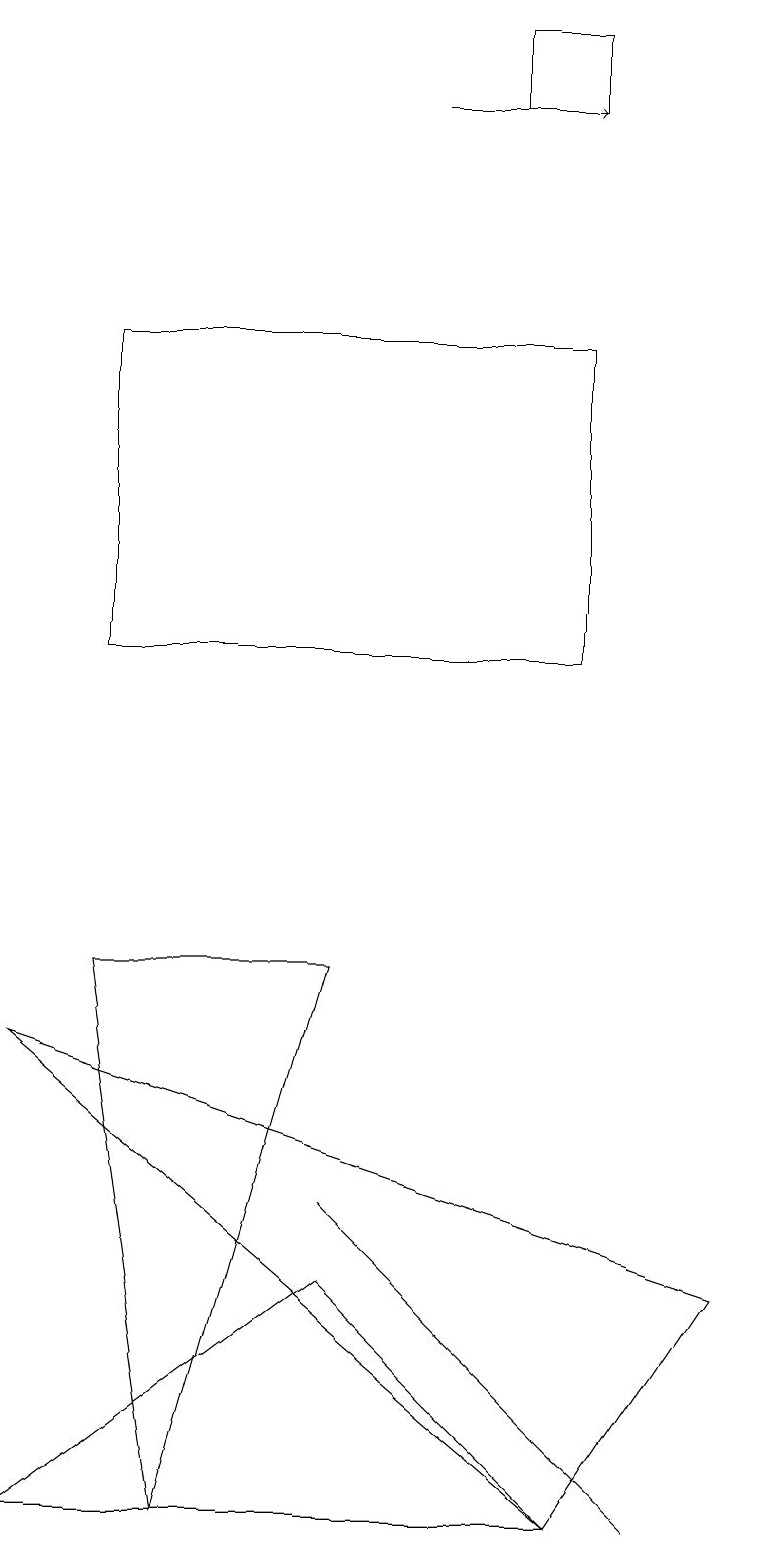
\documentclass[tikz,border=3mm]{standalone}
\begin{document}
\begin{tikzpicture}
\draw (4,7) -- (2,0) -- (1,7) -- cycle;
\draw (7,1) -- (4,4) -- (8,0) -- cycle;
\draw (1,15) rectangle (7,11);
\draw (9,3) -- (0,6) -- (7,0) -- cycle;
\draw (7,19) rectangle (6,18);
\draw (4,3) -- (7,0) -- (0,0) -- cycle;
\draw[->] (5,18) -- (7,18);
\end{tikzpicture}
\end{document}